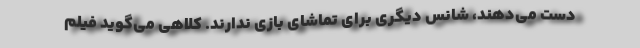
دست می‌دهند، شانس دیگری برای تماشای بازی ندارند. کلاهی می‌گوید فیلم